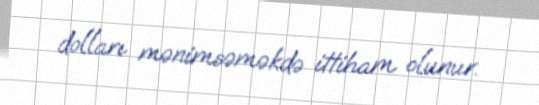
dolları mənimsəməkdə ittiham olunur.